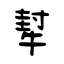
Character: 犎